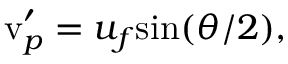
\begin{array} { r } { \mathrm { v } _ { p } ^ { \prime } = u _ { f } \mathrm { s i n } ( \theta / 2 ) , } \end{array}